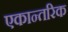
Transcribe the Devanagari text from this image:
एकान्तरिक